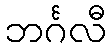
ဘင်္ဂလီ